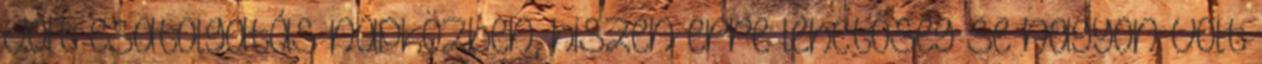
volt csatolgatás napközben, hiszen erre lehetőség se nagyon volt